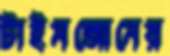
টাইমজোনের